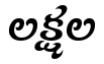
లక్షల